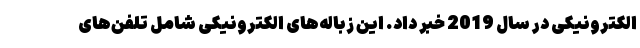
الکترونیکی در سال 2019 خبر داد. این زباله‌های الکترونیکی شامل تلفن‌های